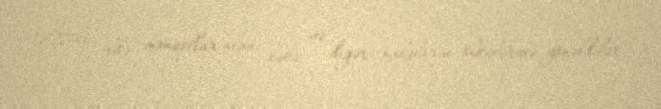
1222-ci ildə monqollar alan, ləkz və digər xalqların ölkələrinə yönəldilər,